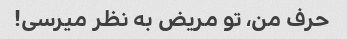
حرف من، تو مریض به نظر میرسی!